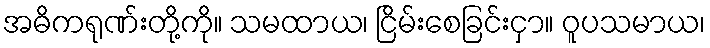
အဓိကရုဏ်းတို့ကို။ သမထာယ၊ ငြိမ်းစေခြင်းငှာ။ ဝူပသမာယ၊